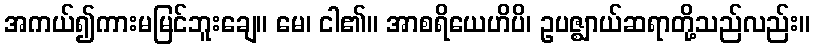
အကယ်၍ကားမမြင်ဘူးချေ။ မေ၊ ငါ၏။ အာစရိယေဟိပိ၊ ဥပဇ္ဈာယ်ဆရာတို့သည်လည်း။